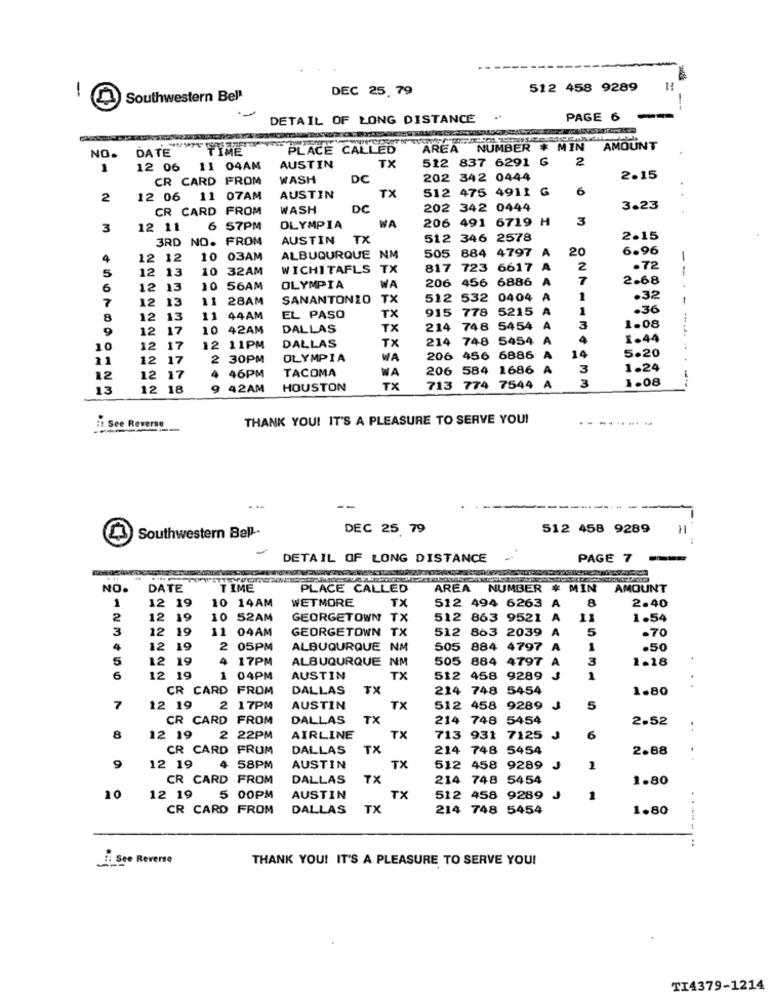
1
DEC 25.79
512 458 9289
Southwestern Bell
DETAIL OF LONG DISTANCE
PAGE 6
DATE
"PLACE CALLED
AREA NUMBER # MIN
AREA
AMOUNT
NO.
512
837 6291 G
2
1
12 06
11 04AM
AUSTIN
TX
CR CARD FROM
WASH
DC
202 342 0444
2.15
TX
512 475 4911 G
6
2
12 06 11 07AM
AUSTIN
CR CARD FROM
WASH
DC
202 342 0444
3.23
206 491 6719 H
3
3
12 11
6 57PM
OLYMPIA
WA
3RD NO. FROM
AUSTIN
TX
512 346 2578
2.15
20
6.96
4
12 12
10 03AM
ALBUQURQUE
NM
505 884 4797 A
5
12
13
10 32AM
WICHITAFLS TX
817 723 6617
A
2
.72
206
206 456 6886
A
7
2.68
6
12 13
10 56AM
OLYMPIA
WA
--.
7
12
13
11 28AM
SANANTONIO
TX
512
512 532 0404
A
1
.32
915
778 5215
A
1
.36
8
12
13
11 44AM
EL PASO
TX
1.08
9
12
17
10 42AM
DALLAS
TX
214 748 5454
A
3
TX
214 748 5454
A
4
1.44
10
12
17
12 11PM
DALLAS
5.20
11
12
17
2 30PM
OLYMPIA
WA
206 456 6886
A
14
4 46PM
TACOMA
WA
206 584 1686
A
3
1.24
12
12
17
3
1.08
13
12 18
9 42AM
HOUSTON
TX
713 774 7544 A
: See Reverse
THANK YOU! IT'S A PLEASURE TO SERVE YOU!
- ----.-
DEC 25 79
512 458 9289
11
Southwestern Bell-
DETAIL OF LONG DISTANCE
PAGE 7
NO.
DATE
TIME
PLACE CALLED
AREA NUMBER # MIN AMOUNT
1
12 19
10 14AM
WETMORE
512 494 6263
8
2.40
TX
A
2
12 19
10 52AM
GEORGETOWN T
512 863 9521
A
1.54
3
12
19
11 04AM
GEORGETOWN TX
512 863 2039
A
5
.70
4
12 19
2 05PM
ALBUQURQUE NM
505 884
4797
A
.50
5
12 19
4
17PM
ALBUQURQUE NM
505 884
4797 A
3
1.18
6
12 19
1
04PM
AUSTIN
TX
512 458
9289
J
1
CR CARD FROM
DALLAS
TX
214 748 5454
1.80
7
12 19
2 17PM
AUSTIN
TX
512 458 9289
J
5
CR CARD FROM
DALLAS
TX
214 748
5454
2.52
..
8
12 19
2 22PM
AIRLINE
TX
713 931
7125
J
6
CR CARD FROM
DALLAS
TX
214 748 5454
2.88
TX
9
12 19
4 58PM
AUSTIN
512 458 9289
J
2
CR CARD FROM
DALLAS
TX
214 748 5454
1.80
10
12 19
5 00PM
AUSTIN
TX
512 458 9289
1
CR CARD FROM
DALLAS
TX
214 748 5454
1.80
2. See Reverse
THANK YOU! IT'S A PLEASURE TO SERVE YOU!
TI4379-1214